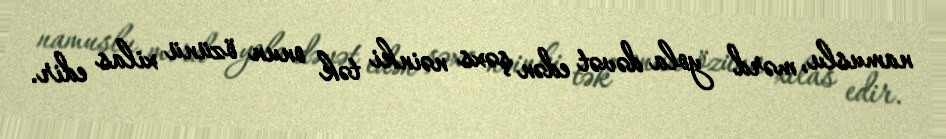
namuslu, mərd yola dəvət edən şəxs nəinki tək onun özünü xilas edir.